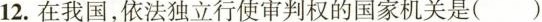
12.在我国，依法独立行使审判权的国家机关是( )